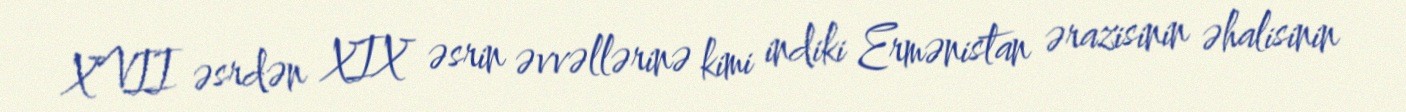
XVII əsrdən XIX əsrin əvvəllərinə kimi indiki Ermənistan ərazisinin əhalisinin